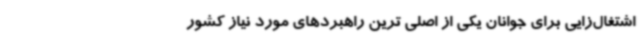
اشتغال‌زایی برای جوانان یکی از اصلی‌ ترین راهبردهای مورد نیاز کشور